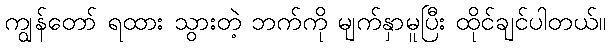
ကျွန်တော် ရထား သွားတဲ့ ဘက်ကို မျက်နှာမူပြီး ထိုင်ချင်ပါတယ်။